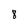
Character: 8